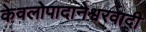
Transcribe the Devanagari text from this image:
केवलोपादानेश्वरवादी